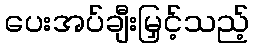
ပေးအပ်ချီးမြှင့်သည့်